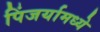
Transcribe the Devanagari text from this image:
पिंजर्यामध्ये